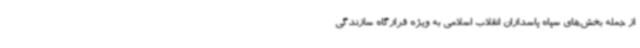
از جمله بخش‌های سپاه پاسداران انقلاب اسلامی به ویژه قرارگاه سازندگی